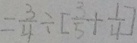
= \frac { 3 } { 4 } \div [ \frac { 3 } { 5 } + \frac { 1 } { 4 } ]